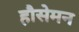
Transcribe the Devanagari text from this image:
हौसेमन